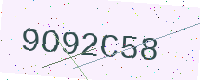
Text: 9O92C58